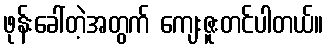
ဖုန်းခေါ်တဲ့အတွက် ကျေးဇူးတင်ပါတယ်။